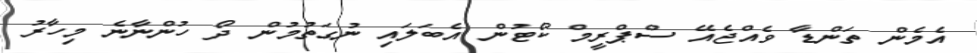
އެމެން ތަންޑާ ވެއްޖެއޭ ސްޕްރީމް ކޯޓުން އެބަލައި ނުގަތުމުން ދޯ ހުންނާނެ މިހާރު